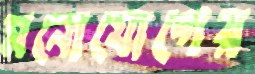
মনোযোগের